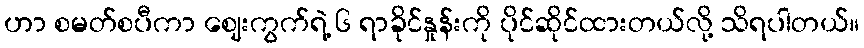
ဟာ စမတ်စပီကာ ဈေးကွက်ရဲ့ ၆ ရာခိုင်နှုန်းကို ပိုင်ဆိုင်ထားတယ်လို့ သိရပါတယ်။